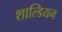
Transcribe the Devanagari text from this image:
शाल्डियन